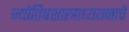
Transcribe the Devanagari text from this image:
ज्योतिषशास्त्राध्ययनाचे